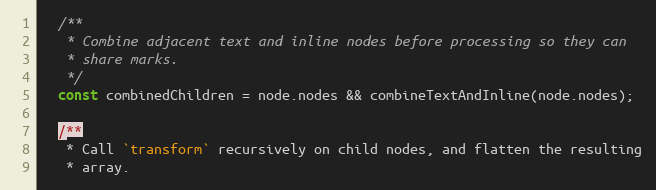
Language: JavaScript
  /**
   * Combine adjacent text and inline nodes before processing so they can
   * share marks.
   */
  const combinedChildren = node.nodes && combineTextAndInline(node.nodes);

  /**
   * Call `transform` recursively on child nodes, and flatten the resulting
   * array.